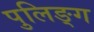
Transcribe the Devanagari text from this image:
पुलिङ्ग